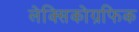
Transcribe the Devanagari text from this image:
लेक्सिकोग्रफिक